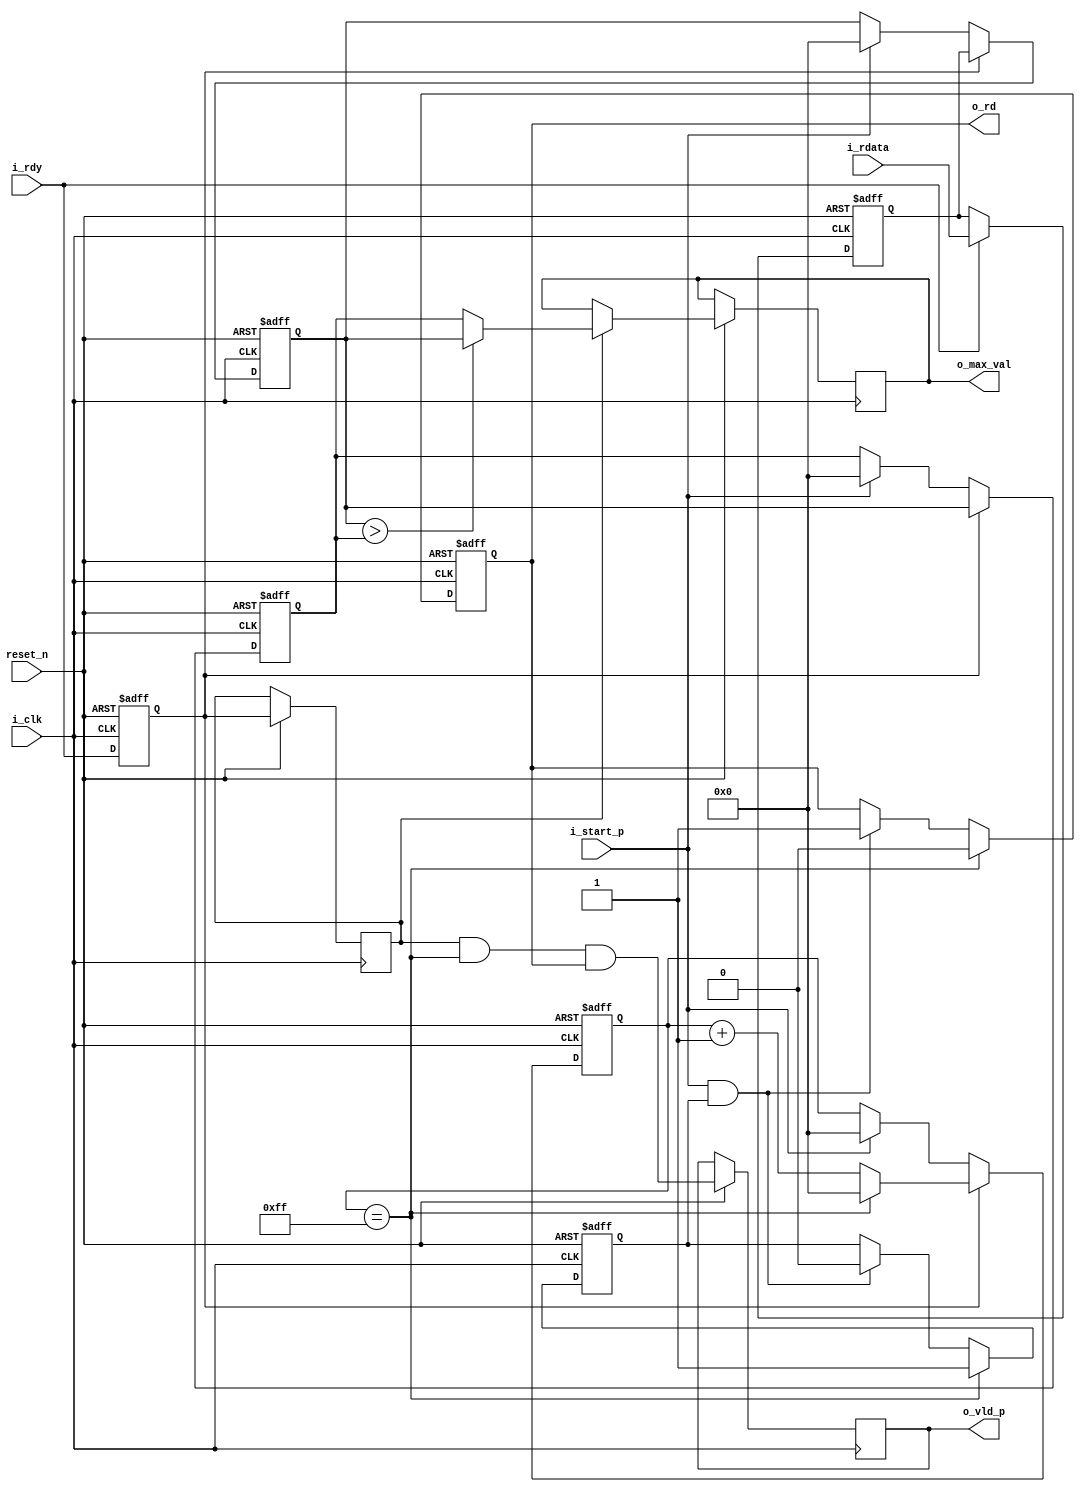
module max_computer
#(
   parameter INP_BW = 8
)
(
   input wire               i_clk            ,
   input wire               reset_n          ,
   input wire               i_start_p        ,
   input wire               i_rdy            ,
   input wire [INP_BW-1:0]  i_rdata          ,

   output wire              o_rd             ,
   output reg               o_vld_p          ,
   output reg [INP_BW-1:0] o_max_val
);

wire  end_of_max_comp; 


wire              input_val          ;
wire              enable_max_comp    ;
wire              wait_for_i_start_p ;
wire [7:0]        next_inp_counter   ;
wire [INP_BW-1:0] max_w;
wire              compare_out;
reg               input_val_dly;
reg [7:0]         input_counter;
reg [INP_BW-1:0]  input_reg;
reg [INP_BW-1:0]  input_curr;
reg [INP_BW-1:0]  input_prev;



assign end_of_max_comp  = (input_counter == 8'd255);
assign next_inp_counter = end_of_max_comp ? 8'd0: input_counter +8'd1;

assign o_rd = enable_max_comp;

always @(posedge i_clk or negedge reset_n)begin
   if(!reset_n)begin
      input_val          <= 1'b0;
      enable_max_comp    <= 1'b0;
      wait_for_i_start_p <= 1'b1;
      input_reg          <= {{INP_BW}{1'b0}};
   end else begin
      if(i_start_p & (wait_for_i_start_p)) begin
	 enable_max_comp    <= 1'b1;
         wait_for_i_start_p <= 1'b0;
      end
      if(end_of_max_comp)begin
	 enable_max_comp    <= 1'b0;
	 wait_for_i_start_p <= 1'b1;
      end
      if(i_rdy) begin
	 input_reg <= i_rdata;
      end
      input_val <= i_rdy;
   end
end

//MAX COMPUTATION logic

assign compare_out = (input_curr > input_prev);
assign max_w       = compare_out ? input_curr : 
                                   input_prev ;

always @(posedge i_clk or negedge reset_n)begin
   if(!reset_n)begin
      input_counter <= 8'd0 ;
      input_curr    <= {{INP_BW}{1'b0}};
      input_prev    <= {{INP_BW}{1'b0}};
   end else begin
      input_val_dly <= input_val;
      o_vld_p       <= input_val_dly & end_of_max_comp & enable_max_comp;
      if(i_start_p) begin
	 input_counter <= 8'd0 ;
	 input_curr    <= {{INP_BW}{1'b0}};
	 input_prev    <= {{INP_BW}{1'b0}};
      end

      if(input_val) begin
	 input_counter <= next_inp_counter ;
	 input_curr <= input_reg;
	 input_prev <= input_curr;
      end
      if(input_val_dly)begin
	 o_max_val <= max_w;
      end
   end
end
endmodule